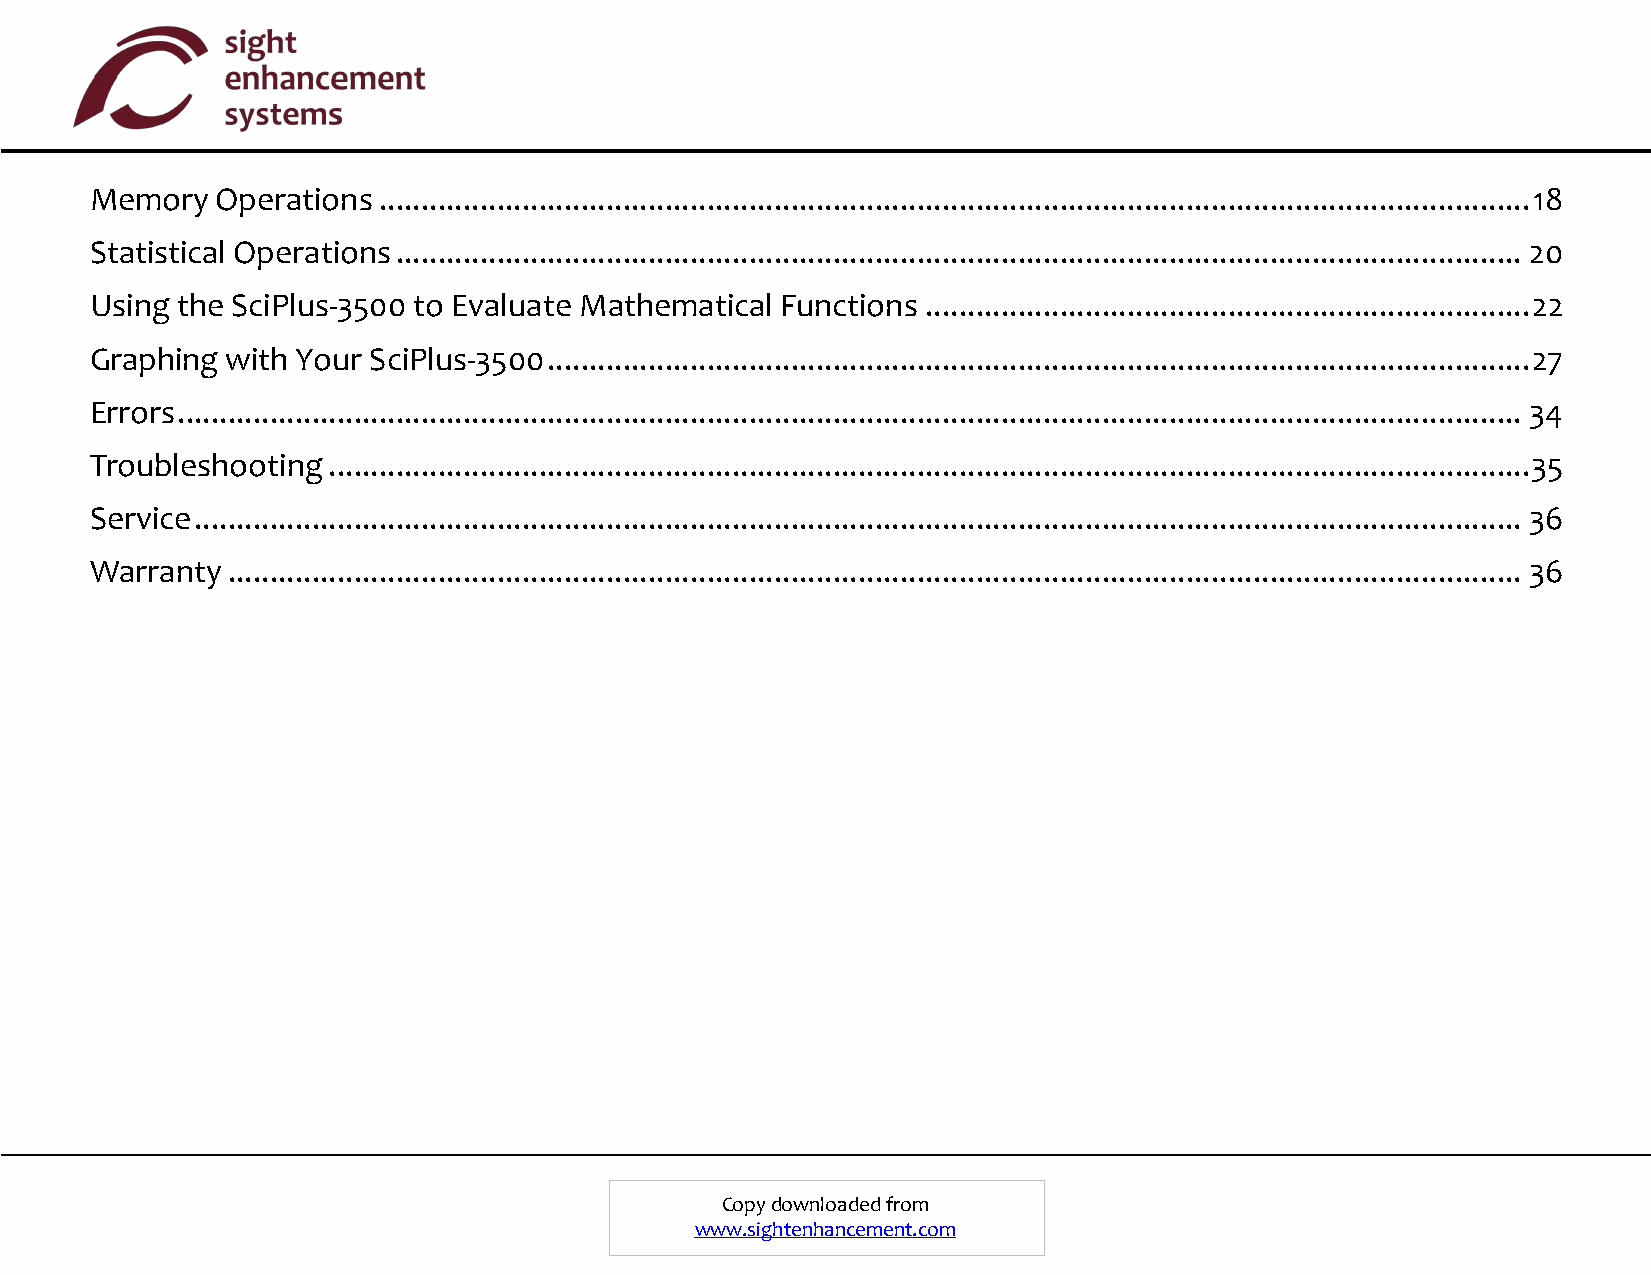
Memory  Operations ......................................................................................................................................... 18
 Statistical Operations ...................................................................................................................................... 20
 Using the SciPlus-3500 to Evaluate Mathematical Functions ........................................................................ 22
 Graphing with Your SciPlus-3500 ..................................................................................................................... 27
 Errors ................................................................................................................................................................ 34
 Troubleshooting ............................................................................................................................................... 35
 Service .............................................................................................................................................................. 36
 Warranty .......................................................................................................................................................... 36
 Copy downloaded from
 www.sightenhancement.com